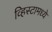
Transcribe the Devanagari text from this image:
व्हिस्टामध्ये